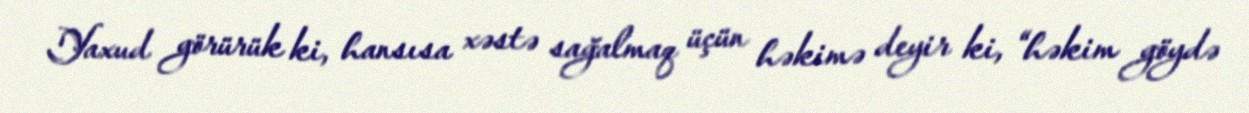
Yaxud görürük ki, hansısa xəstə sağalmaq üçün həkimə deyir ki, “həkim göydə